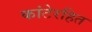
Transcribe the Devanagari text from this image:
कांटेरहित